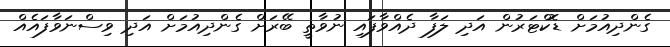
ގެންދިއުމަށް ޑޮކްޓަރުން އަދި ލަފާ ދެއްވާފައި ނުވާތީ ބޭރަށް ގެންދިއުމަށް އަދި ވިސްނަވާފައެއް